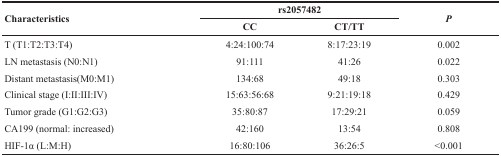
| <ROWSPAN=2> Characteristics | <COLSPAN=2> rs2057482 | <ROWSPAN=2> P |
 | CC | CT/TT |
 | --- | --- | --- | --- |
 | T (T1:T2:T3:T4) | 4:24:100:74 | 8:17:23:19 | 0.002 |
 | LN metastasis (N0:N1) | 91:111 | 41:26 | 0.022 |
 | Distant metastasis(M0:M1) | 134:68 | 49:18 | 0.303 |
 | Clinical stage (I:II:III:IV) | 15:63:56:68 | 9:21:19:18 | 0.429 |
 | Tumor grade (G1:G2:G3) | 35:80:87 | 17:29:21 | 0.059 |
 | CA199 (normal: increased) | 42:160 | 13:54 | 0.808 |
 | HIF-1α (L:M:H) | 16:80:106 | 36:26:5 | <0.001 |